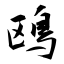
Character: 鴎